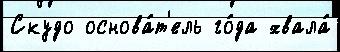
Скудо основа́т'ель го́да хвала́